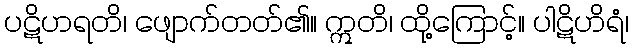
ပဋိဟရတိ၊ ဖျောက်တတ်၏။ ဣတိ၊ ထို့ကြောင့်။ ပါဋိဟိရံ၊